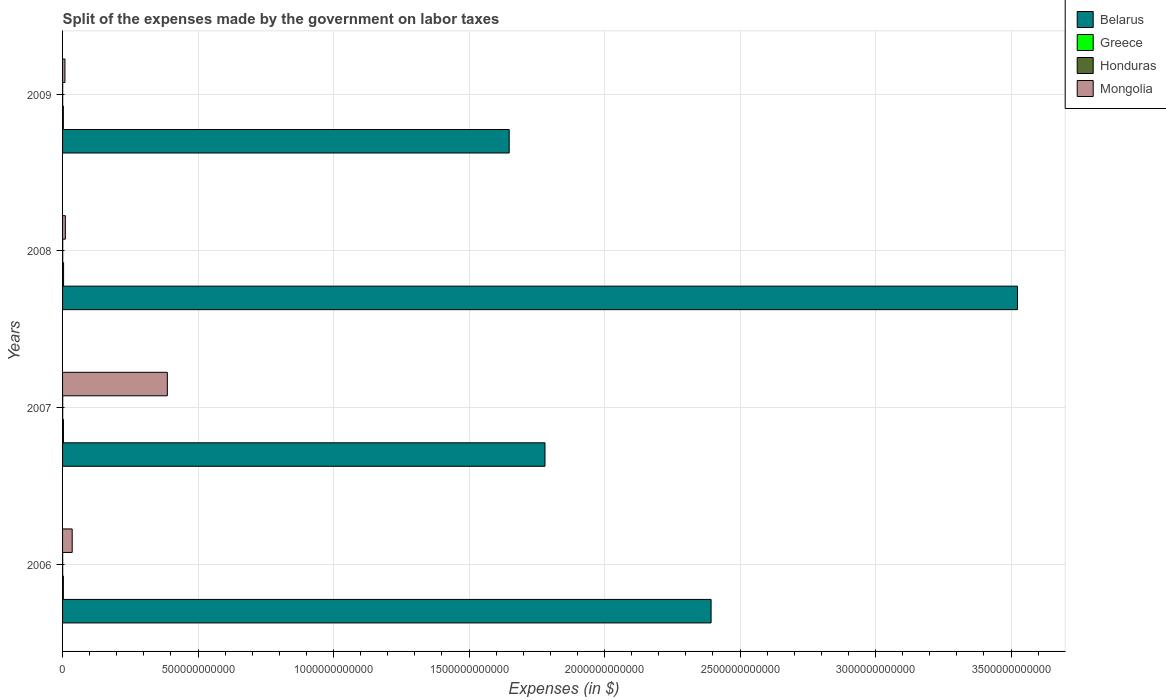
| Years | Belarus | Greece | Honduras | Mongolia |
 | --- | --- | --- | --- | --- |
 | 2006 | 2.39e+12 | 3.01e+09 | 3.85e+08 | 3.55e+10 |
 | 2007 | 1.78e+12 | 3.29e+09 | 4.78e+08 | 3.87e+11 |
 | 2008 | 3.52e+12 | 3.71e+09 | 5.44e+08 | 1.03e+10 |
 | 2009 | 1.65e+12 | 2.94e+09 | 3.91e+08 | 8.78e+09 |